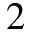
2